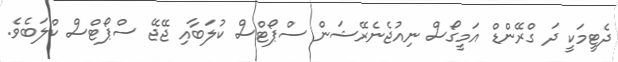
ދެޓީމަކީ ދަ ގްރޭންޑް އަމީގޯސް ނިއުޖެނެރޭޝަން ސްޕޯޓްސް ކުލަބާއި ޖޭޖޭ ސްޕޯޓްސް ކްލަބެވެ.